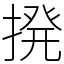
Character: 𫝼